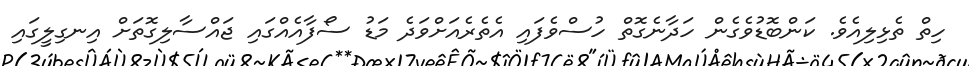
ހިތް ތެޅިލިއެވެ. ކަންބޮޑުވެގެން ހަދާނެގޮތް ހުސްވެފައި އެތެރެއަށްވަދެ މަޑު ސޯފާއެއްގައި ޖައްސާލިގޮތަށް އިނގިލީގައި